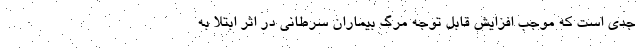
جدی است که موجب افزایش قابل توجه مرگ بیماران سرطانی در اثر ابتلا به